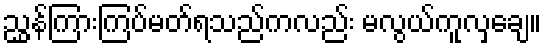
ညွှန်ကြားကြပ်မတ်ရသည်ကလည်း မလွယ်ကူလှချေ။